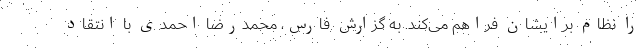
را نظام برایشان فراهم می‌کند. به گزارش فارس، محمدرضا احمدی با انتقاد